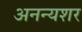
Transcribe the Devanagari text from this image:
अनन्यशर